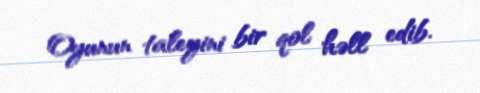
Oyunun taleyini bir qol həll edib.